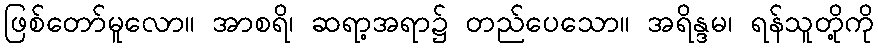
ဖြစ်တော်မူလော။ အာစရိ၊ ဆရာ့အရာ၌ တည်ပေသော။ အရိန္ဒမ၊ ရန်သူတို့ကို